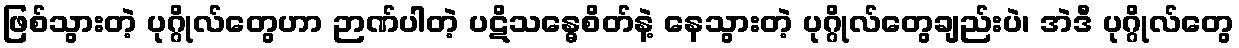
ဖြစ်သွားတဲ့ ပုဂ္ဂိုလ်တွေဟာ ဉာဏ်ပါတဲ့ ပဋိသန္ဓေစိတ်နဲ့ နေသွားတဲ့ ပုဂ္ဂိုလ်တွေချည်းပဲ၊ အဲဒီ ပုဂ္ဂိုလ်တွေ